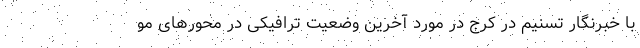
با خبرنگار تسنیم در کرج در مورد آخرین وضعیت ترافیکی در محورهای مو